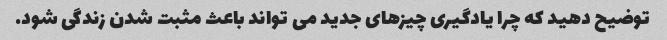
توضیح دهید که چرا یادگیری چیزهای جدید می تواند باعث مثبت شدن زندگی شود.